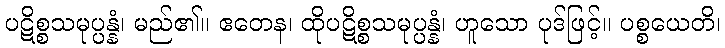
ပဋိစ္စသမုပ္ပန္နံ၊ မည်၏။ ဧတေန၊ ထိုပဋိစ္စသမုပ္ပန္နံ၊ ဟူသော ပုဒ်ဖြင့်။ ပစ္စယေတိ၊